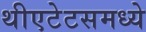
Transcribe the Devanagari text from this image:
थीएटेटसमध्ये